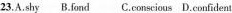
23.A.shy B.fond C.conscious D.confident